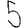
Digit: 5